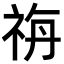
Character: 𥙡